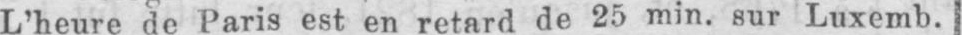
L’heure de Paris est en retard de 25 min. sur Luxemb.